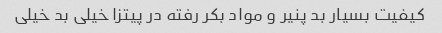
کیفیت بسیار بد پنیر و مواد بکر رفته در پیتزا خیلی بد خیلی